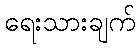
ရေးသားချက်